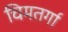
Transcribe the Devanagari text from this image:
चिमतर्गा